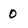
Character: 0